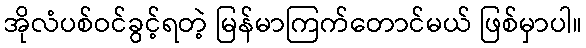
အိုလံပစ်ဝင်ခွင့်ရတဲ့ မြန်မာကြက်တောင်မယ် ဖြစ်မှာပါ။